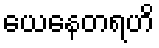
ယေနေတရဟိ